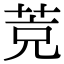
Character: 𦯇